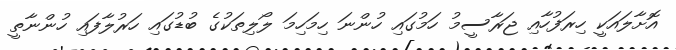
އޮށާލައަކީ ހިރަފުހާއި ޖަރާސީމު ހަމުގައި ހުންނަ ހިމަހިމަ ލޯލިތަކުގެ ބުޑުގައި ހަރުލާފައި ހުންނާތީ